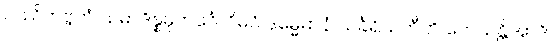
ပဿိတဗ္ဗကံ သမာဒိန္နဓုတင်္ဂေါ ဝိဓဝံ ဒုမ္မေဓာနံ သင်္ခရိယတီတိ တေသန္တိအာဒိ